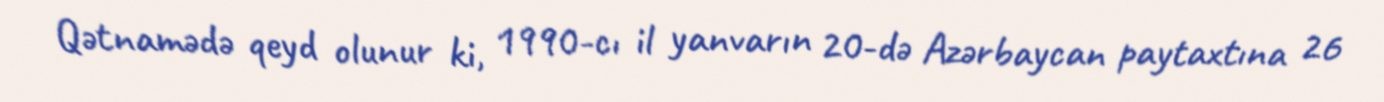
Qətnamədə qeyd olunur ki, 1990-cı il yanvarın 20-də Azərbaycan paytaxtına 26